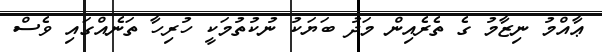
ޢާއްމު ނިޒާމު ގެ ތެރެއިން މަދު ބަޔަކު ނުކުތުމަކީ ހުރިހާ ތަނެއްގައި ވެސް